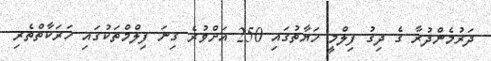
ދަރުމެންދުރާ ގެ ދިގު ފިލްމީ ހަޔާތުގައި 250 އަށްވުރެ ގިނަ ފިލްމްތަކުގައި ހަރަކާތްތެރި